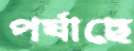
পর্যাছে